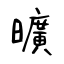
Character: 曠